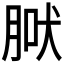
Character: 𦜀